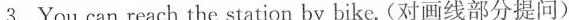
3.You can reach the station _by bike.(对画线部分提问)